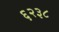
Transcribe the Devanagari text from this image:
६२३८